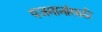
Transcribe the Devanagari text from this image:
यजमानांसाठी